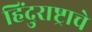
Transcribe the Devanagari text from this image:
हिंदुराष्ट्राचे